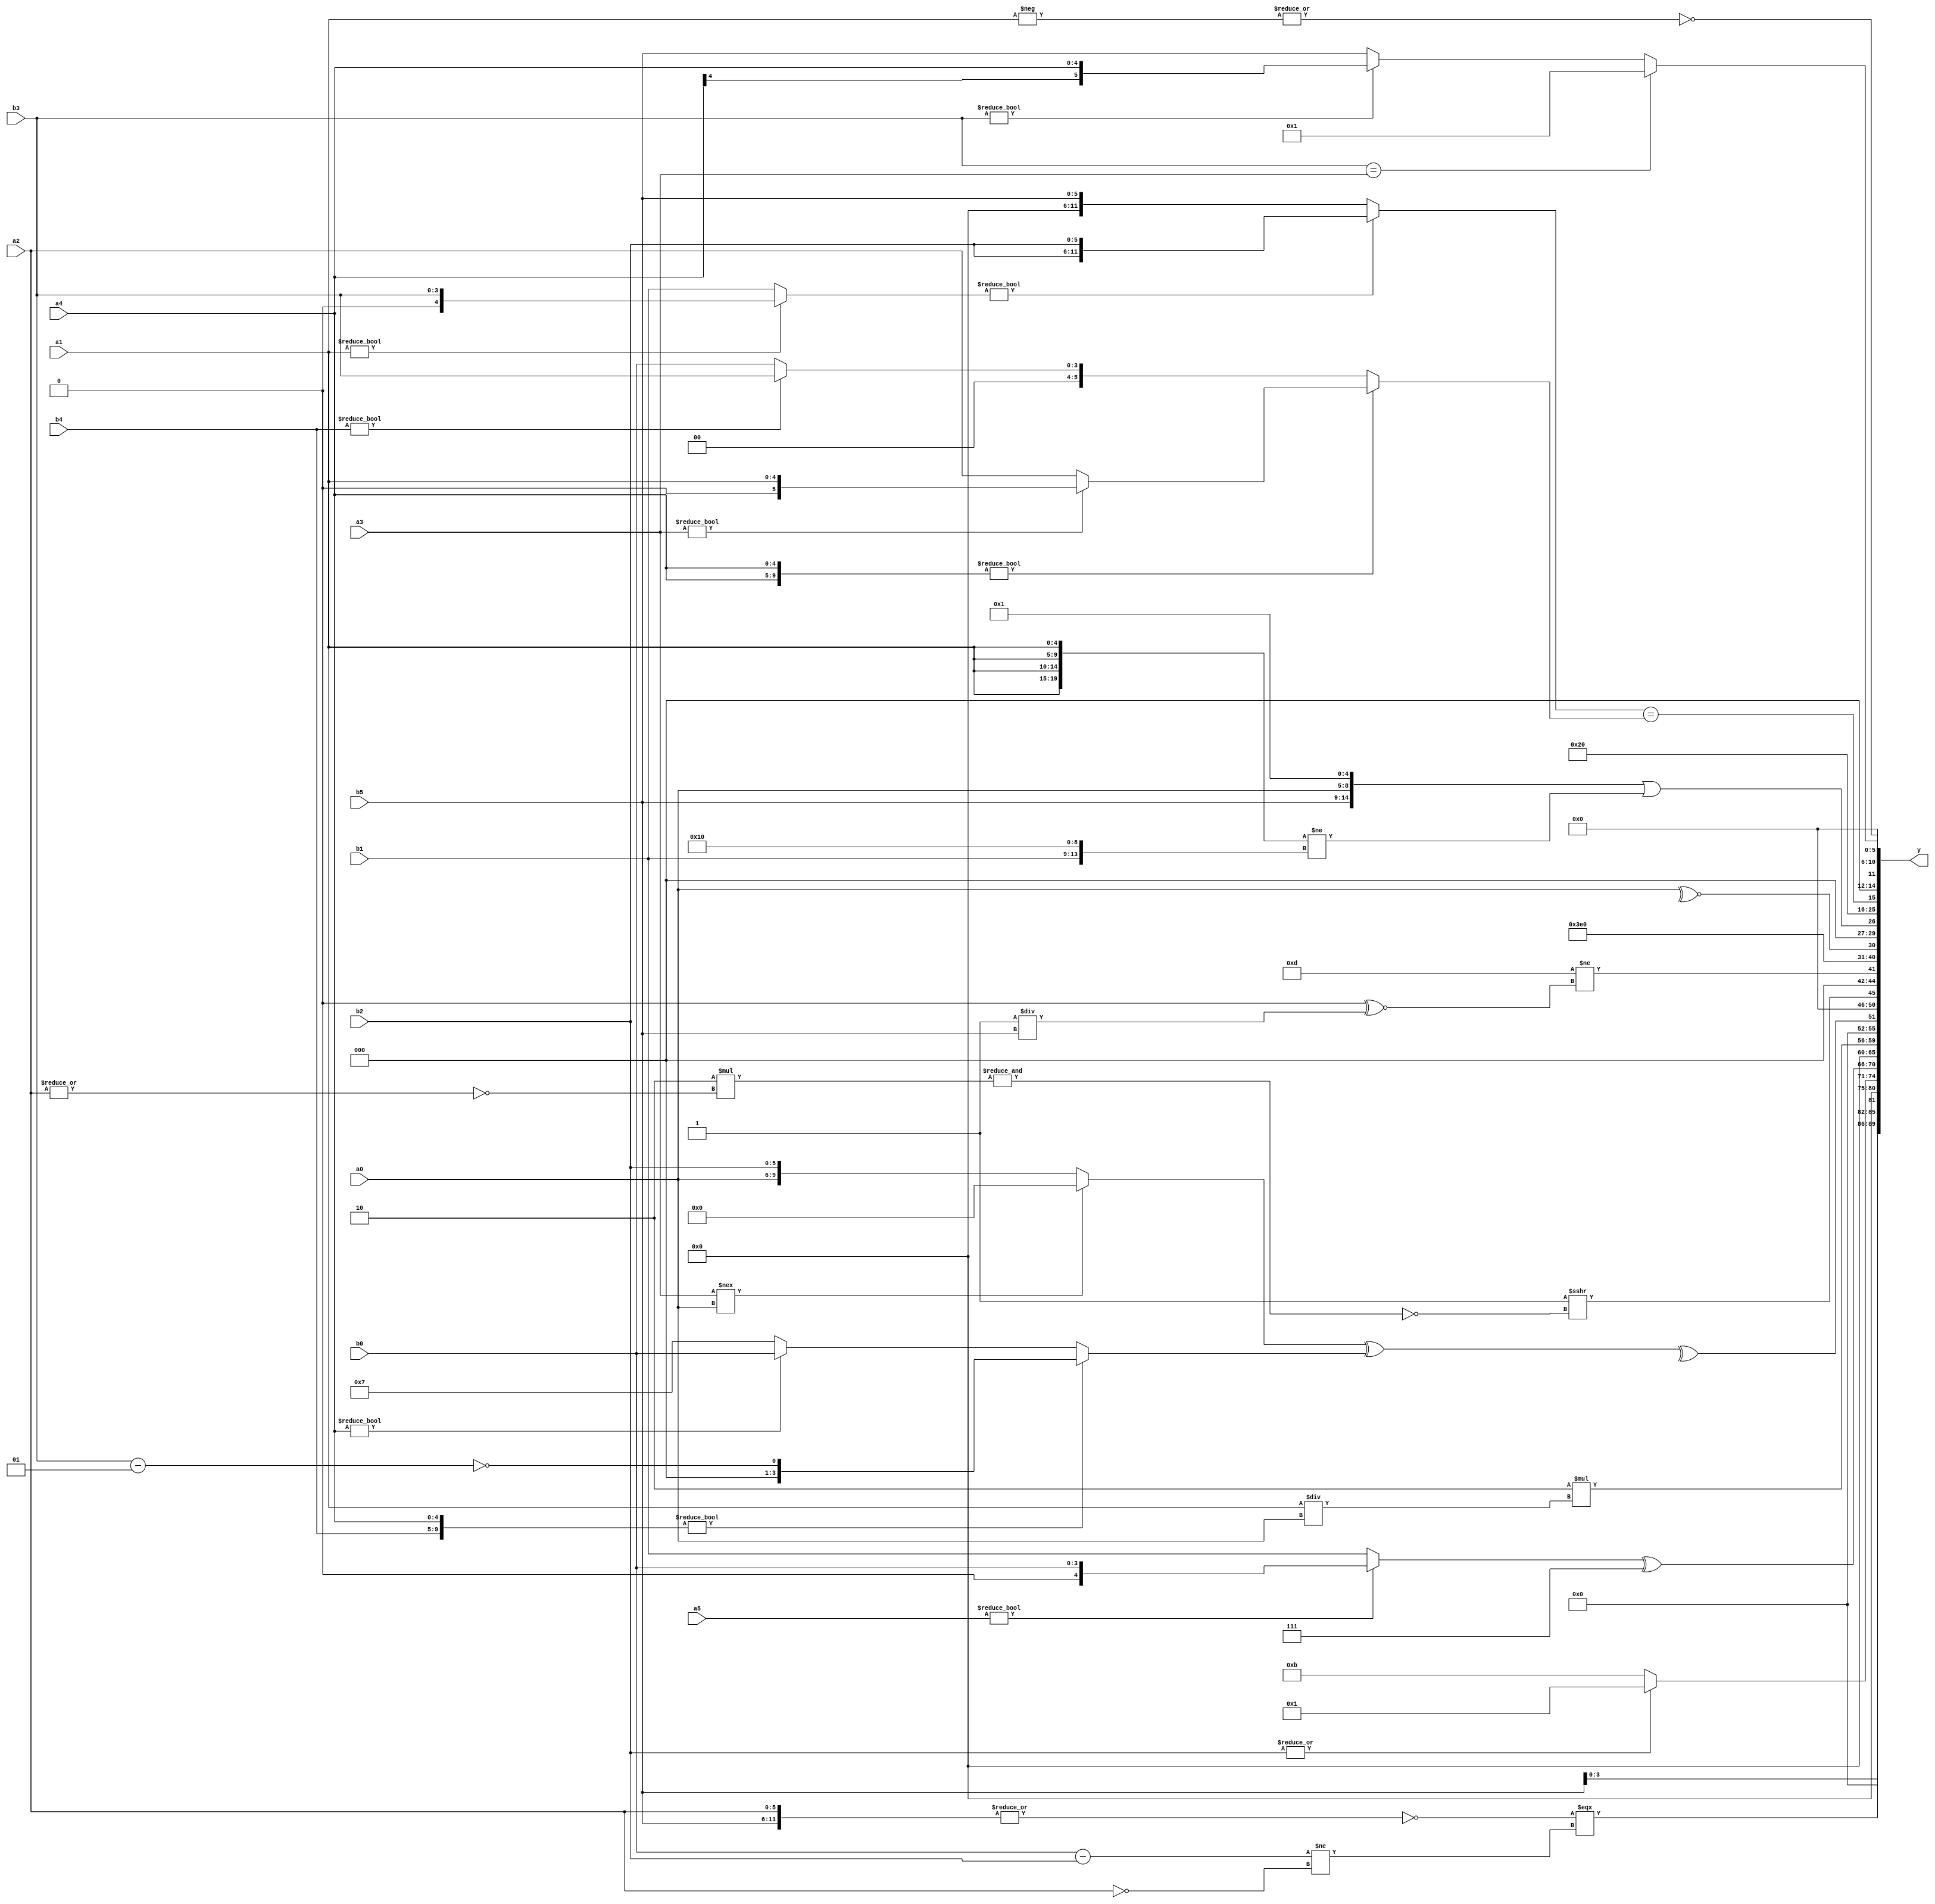
module expression_00942(a0, a1, a2, a3, a4, a5, b0, b1, b2, b3, b4, b5, y);
  input [3:0] a0;
  input [4:0] a1;
  input [5:0] a2;
  input signed [3:0] a3;
  input signed [4:0] a4;
  input signed [5:0] a5;

  input [3:0] b0;
  input [4:0] b1;
  input [5:0] b2;
  input signed [3:0] b3;
  input signed [4:0] b4;
  input signed [5:0] b5;

  wire [3:0] y0;
  wire [4:0] y1;
  wire [5:0] y2;
  wire signed [3:0] y3;
  wire signed [4:0] y4;
  wire signed [5:0] y5;
  wire [3:0] y6;
  wire [4:0] y7;
  wire [5:0] y8;
  wire signed [3:0] y9;
  wire signed [4:0] y10;
  wire signed [5:0] y11;
  wire [3:0] y12;
  wire [4:0] y13;
  wire [5:0] y14;
  wire signed [3:0] y15;
  wire signed [4:0] y16;
  wire signed [5:0] y17;

  output [89:0] y;
  assign y = {y0,y1,y2,y3,y4,y5,y6,y7,y8,y9,y10,y11,y12,y13,y14,y15,y16,y17};

  localparam [3:0] p0 = {1{{3{((-2'sd1)<=(2'd0))}}}};
  localparam [4:0] p1 = ((-3'sd2)&&(3'd3));
  localparam [5:0] p2 = (-2'sd1);
  localparam signed [3:0] p3 = ((-5'sd0)>>>({1{{3{(4'd9)}}}}^{2{(3'd4)}}));
  localparam signed [4:0] p4 = ({{(4'sd1),(3'd3)},((-5'sd7)<<<(-3'sd3)),((5'sd6)>>>(-4'sd2))}===({(5'd21),(5'd29),(2'd2)}>>{(4'sd2),(5'sd8),(2'sd0)}));
  localparam signed [5:0] p5 = {1{(~|(5'd18))}};
  localparam [3:0] p6 = {1{(4'd13)}};
  localparam [4:0] p7 = ((|((|(4'd8))&(5'd2 * (2'd0))))&&(((-5'sd14)&(2'd0))+{3{(4'd6)}}));
  localparam [5:0] p8 = ((~((-5'sd3)?(5'd19):(4'd15)))?(((-3'sd3)>(3'd6))&&((3'd2)?(5'd14):(4'sd1))):{{4{(4'sd6)}},(+(-4'sd7)),(3'sd1)});
  localparam signed [3:0] p9 = (~|(((-4'sd3)?(3'd6):{(5'd30),(-2'sd0),(-2'sd1)})===((4'sd1)<<<(5'sd9))));
  localparam signed [4:0] p10 = (2'sd1);
  localparam signed [5:0] p11 = {4{{4{(-2'sd1)}}}};
  localparam [3:0] p12 = {{2{{{((4'sd5)^(-4'sd2)),((-4'sd6)!=(-4'sd3))}}}}};
  localparam [4:0] p13 = ((5'd13)?(-{4{(-2'sd1)}}):(-5'sd0));
  localparam [5:0] p14 = {3{(5'd4)}};
  localparam signed [3:0] p15 = (~^(~&(-((((4'sd3)===(-5'sd9))|((5'd18)&(-5'sd8)))<(^((3'd6)+(5'd4)))))));
  localparam signed [4:0] p16 = (+((|(|((|(2'd2))^~((2'd2)>>(2'd1)))))>=((!(~^(5'd16)))|(~(~&(5'd29))))));
  localparam signed [5:0] p17 = {((((4'd12)?(2'd2):(2'd2))&{(5'd27)})&&(((5'd10)<=(2'sd1))>{(-4'sd5),(-4'sd5),(-5'sd2)}))};

  assign y0 = {a3,b5};
  assign y1 = ((~|$unsigned({b5,a2}))===((b0-b2)!=(~a2)));
  assign y2 = (4'sd0);
  assign y3 = ((|b2)?(p6?p9:p17):(5'd11));
  assign y4 = {2{((a5?b0:b1)^(p5?b4:p12))}};
  assign y5 = (&(6'd2 * (b1>=p6)));
  assign y6 = (6'd2 * (a1/a0));
  assign y7 = (^(((a3!==a0)?(~|{p10,a0,p2}):{a0,b2})^({b4,a4}?(!(b3-p16)):(a4?b0:p12))));
  assign y8 = (~^(~^((~^((^b4)&(p1?p3:b0)))>>>(~&(6'd2 * (~(|a2)))))));
  assign y9 = ((5'sd13)!=((p3>>>p14)^~(p13/b5)));
  assign y10 = (~(|(+((4'd11)&((+(p15>>p13))<<(&(4'd4)))))));
  assign y11 = (~|$signed((~&$unsigned($signed((~&(-(!($signed((((((|((~^a0)))))))))))))))));
  assign y12 = (({{b5,a0},(+p16)}>>>((p3&&p6)<<{p11}))||({4{a1}}!={{4{p15}},{b1,p1,p3}}));
  assign y13 = {{3{p5}},(p10?p9:p2)};
  assign y14 = ({1{$signed(((a1?b3:b1)?{2{b2}}:$unsigned((a0?b5:b5))))}}==({2{a4}}?(a3?a1:a2):((b4?b3:b0))));
  assign y15 = $unsigned((~|{4{{1{(-(a1))}}}}));
  assign y16 = {4{((p5<<<p12))}};
  assign y17 = ((b3==a3)?(4'sd1):(b3?a4:b5));
endmodule